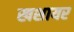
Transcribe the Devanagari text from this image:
खशायर